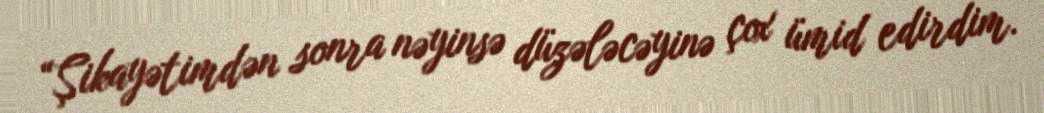
“Şikayətimdən sonra nəyinsə düzələcəyinə çox ümid edirdim.